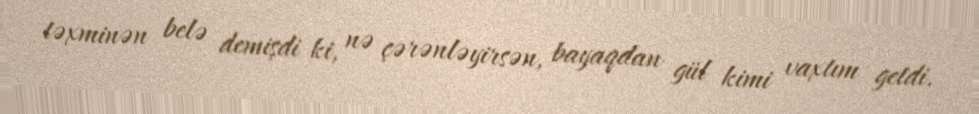
təxminən belə demişdi ki, nə çərənləyirsən, bayaqdan gül kimi vaxtım getdi.